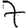
Digit: 7